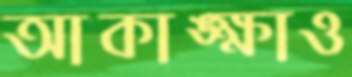
আকাঙ্ক্ষাও